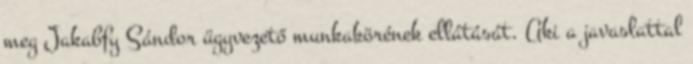
meg Jakabfy Sándor ügyvezető munkakörének ellátását. Aki a javaslattal